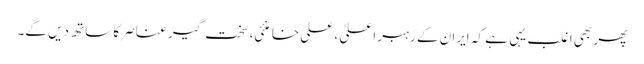
پھر بھی اغلب یہی ہے کہ ایران کے رہبر اعلیٰ ، علی خامنئی، سخت گیر عناصر کا ساتھ دیں گے۔